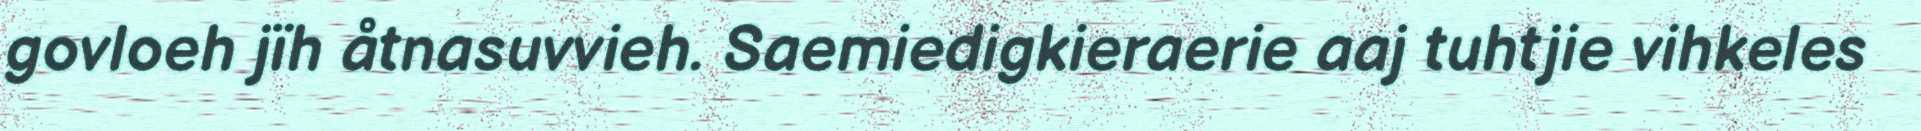
govloeh jïh åtnasuvvieh. Saemiedigkieraerie aaj tuhtjie vihkeles